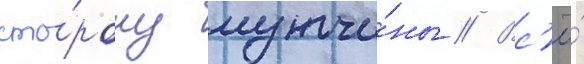
сто́рону мужчи́ны // Вс'ё́